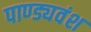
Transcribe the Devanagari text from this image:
पाण्ड्यवंश